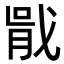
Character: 𭟶